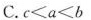
C.$$c < a < b$$